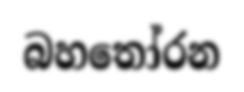
බහතෝරන